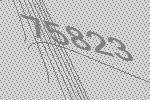
75823